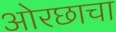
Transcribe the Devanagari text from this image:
ओरछाचा